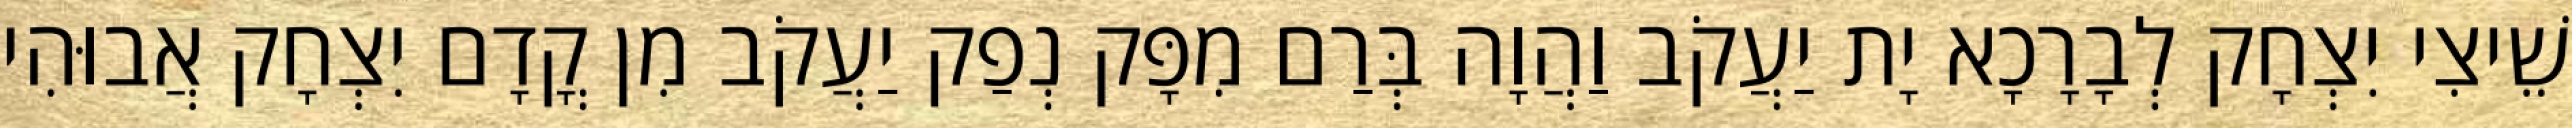
שֵׁיצִי יִצְחָק לְבָרָכָא יָת יַעֲקֹב וַהֲוָה בְּרַם מִפָּק נְפַק יַעֲקֹב מִן קֳדָם יִצְחָק אֲבוּהִי